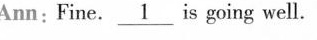
Ann: Fine.\underline{1} is going well.